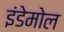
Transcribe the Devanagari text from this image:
इंडेमोल